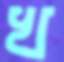
খ